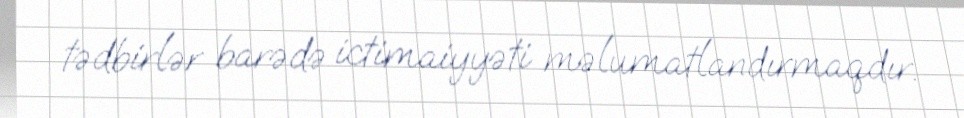
tədbirlər barədə ictimaiyyəti məlumatlandırmaqdır.